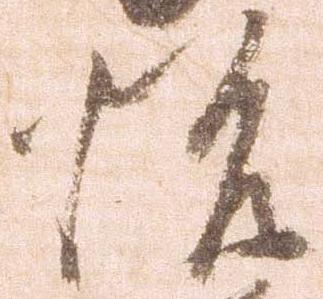
悦